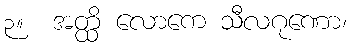
၃။  အတ္ထိ လောကေ သီလဂုဏော၊